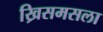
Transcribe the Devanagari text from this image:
ख्रिसमसला